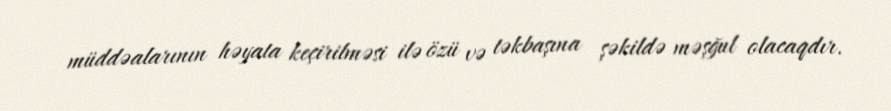
müddəalarının həyata keçirilməsi ilə özü və təkbaşına şəkildə məşğul olacaqdır.